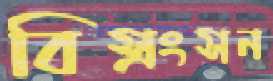
বিস্রংসন